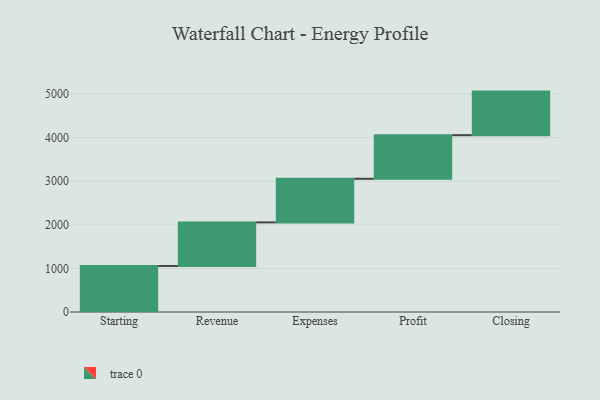
{"axis": {"x": "Step", "y": "Value"}, "legend": [""], "data": [{"x": "Starting", "y": 1056.0, "type": ""}, {"x": "Revenue", "y": 1000, "type": ""}, {"x": "Expenses", "y": 1000, "type": ""}, {"x": "Profit", "y": 1000, "type": ""}, {"x": "Closing", "y": 1000, "type": ""}]}